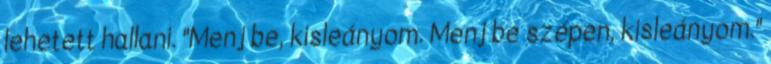
lehetett hallani. "Menj be, kisleányom. Menj be szépen, kisleányom."